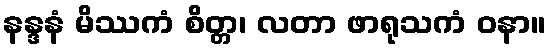
နန္ဒနံ မိဿကံ စိတ္တ၊ လတာ ဖာရုသကံ ဝနာ။